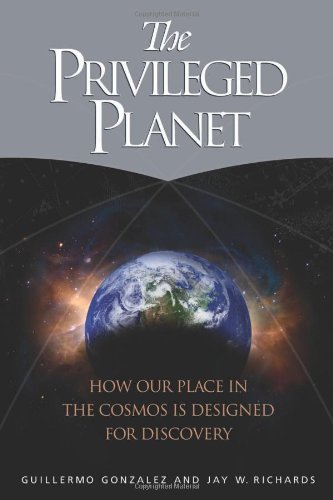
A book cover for The Privileged Planet: How Our Place in the Cosmos Is Designed for Discovery; Guillermo Gonzalez; Science & Math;